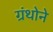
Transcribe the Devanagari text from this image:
ग्रंथोने